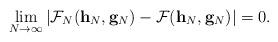
LaTeX: \begin{align*}\lim_{N \to \infty} \left|\mathcal{F}_N(\mathbf{h}_N,\mathbf{g}_N)-\mathcal{F}(\mathbf{h}_N,\mathbf{g}_N)\right|=0.\end{align*}